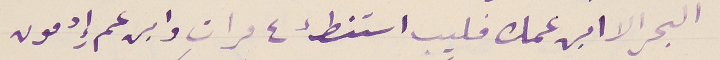
البحر الا ابن عمك فليب استنطء ٤ مرات وابن عم إِدمون